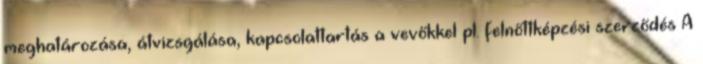
meghatározása, átvizsgálása, kapcsolattartás a vevőkkel pl. felnőttképzési szerződés A